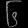
Digit: ၆